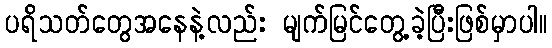
ပရိသတ်တွေအနေနဲ့လည်း မျက်မြင်တွေ့ခဲဲ့ပြီးဖြစ်မှာပါ။